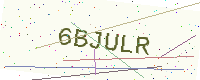
Text: 6BJULR